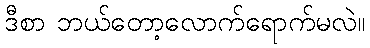
ဒီစာ ဘယ်တော့လောက်ရောက်မလဲ။